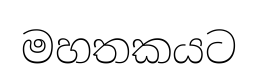
මහතකයට